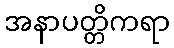
အနာပတ္တိကရာ